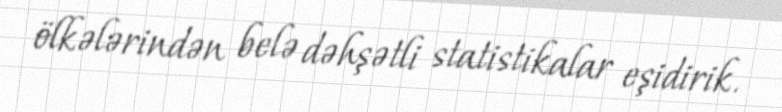
ölkələrindən belə dəhşətli statistikalar eşidirik.